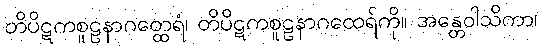
တိပိဋကစူဠနာဂတ္ထေရံ၊ တိပိဋကစူဠနာဂထေရ်ကို။ အန္တေဝါသိကာ၊